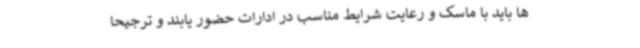
ها باید با ماسک و رعایت شرایط مناسب در ادارات حضور یابند و ترجیحاً